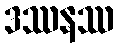
ဒဿနဿ